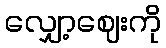
လျှော့ဈေးကို